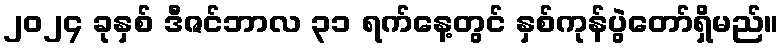
၂၀၂၄ ခုနှစ် ဒီဇင်ဘာလ ၃၁ ရက်နေ့တွင် နှစ်ကုန်ပွဲတော်ရှိမည်။